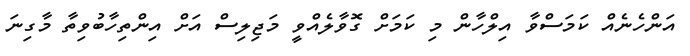
އަންހެނެއް ކަމަސްވާ އިލްހާން މި ކަމަށް ގޮވާލެއްވީ މަޖިލިސް އަށް އިންތިހާބުވިތާ މާގިނަ